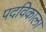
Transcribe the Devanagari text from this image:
पदविकाला